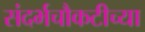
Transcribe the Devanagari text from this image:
संदर्भचौकटीच्या